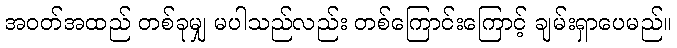
အဝတ်အထည် တစ်ခုမျှ မပါသည်လည်း တစ်ကြောင်းကြောင့် ချမ်းရှာပေမည်။